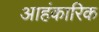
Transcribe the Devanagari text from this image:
आहंकारिक